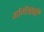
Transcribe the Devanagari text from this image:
गोमेल्सकी